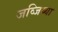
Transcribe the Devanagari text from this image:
जव्जिय्या